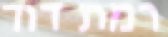
רמת דוד